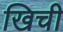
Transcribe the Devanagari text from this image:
खिची